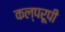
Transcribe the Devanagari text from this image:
कल्परूपी